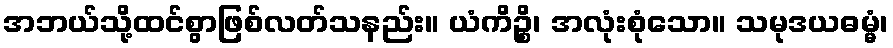
အဘယ်သို့ထင်စွာဖြစ်လတ်သနည်း။ ယံကိဉ္စိ၊ အလုံးစုံသော။ သမုဒယဓမ္မံ၊